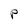
Character: P